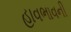
હાવભાવની